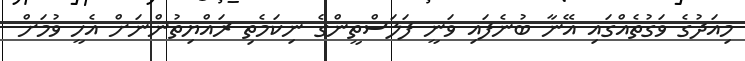
މިއަދުގެ ވަގުތެއްގައި އޭނާ ބުނެފައި ވަނީ ފަލަސްތީންގެ ނިކަމެތި ރައްޔިތުންނަށް އެހީ ވުމަށް